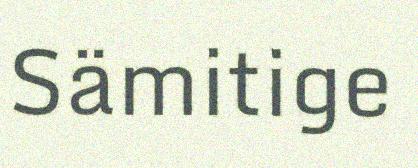
Sämitige